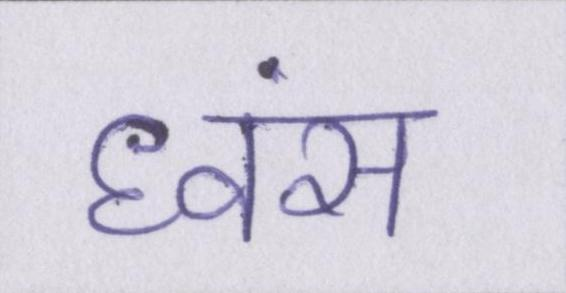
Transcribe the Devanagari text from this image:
ध्वंस